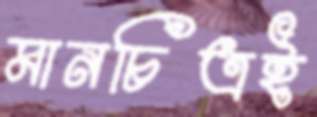
মানচিত্রই